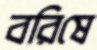
বরিষে